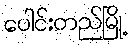
ပေါင်းတည်မြို့